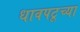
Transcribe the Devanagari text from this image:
धावपटूच्या